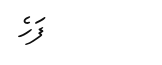
ފަހެ